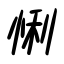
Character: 悧